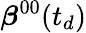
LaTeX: \boldsymbol{\beta}^{00}(t_{d})